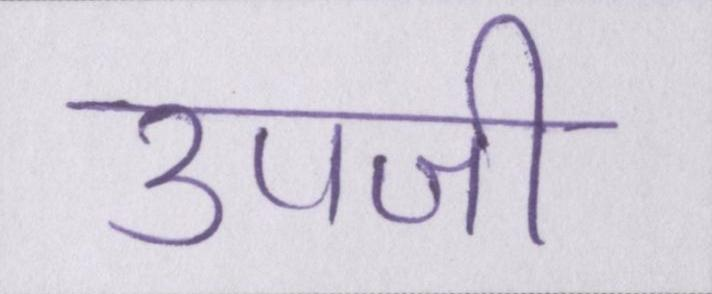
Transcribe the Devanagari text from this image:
उपजी